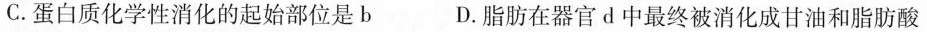
C.蛋白质化学性消化的起始部位是b D.脂肪在器官的中最终被消化成甘油和脂肪酸